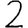
Digit: 2